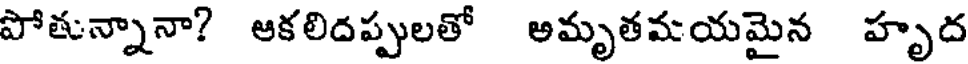
పోతున్నానా? ఆకలిదప్పులతో అమృతమయమైన హృద